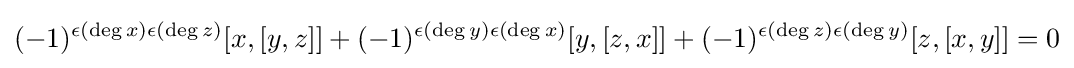
(-1)^{\epsilon (\deg x)\epsilon (\deg z)}[x,[y,z]]+(-1)^{\epsilon (\deg y)\epsilon (\deg x)}[y,[z,x]]+(-1)^{\epsilon (\deg z)\epsilon (\deg y)}[z,[x,y]]=0